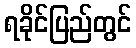
ရခိုင်ပြည်တွင်